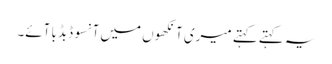
یہ کہتے کہتے میری آنکھوں میں آنسو ڈبڈبا آئے۔